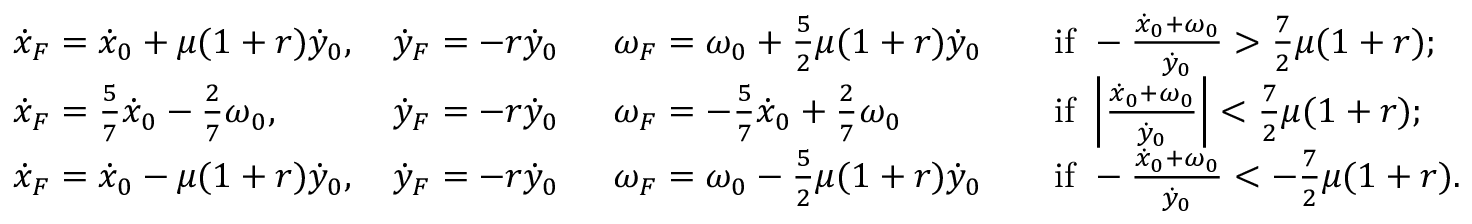
\begin{array} { l l l l } { \dot { x } _ { F } = \dot { x } _ { 0 } + \mu ( 1 + r ) \dot { y } _ { 0 } , \, } & { \dot { y } _ { F } = - r \dot { y } _ { 0 } \, \ } & { \omega _ { F } = \omega _ { 0 } + \frac { 5 } { 2 } \mu ( 1 + r ) \dot { y } _ { 0 } } & { \quad \mathrm { i f ~ } - \frac { \dot { x } _ { 0 } + \omega _ { 0 } } { \dot { y } _ { 0 } } > \frac { 7 } { 2 } \mu ( 1 + r ) ; } \\ { \dot { x } _ { F } = \frac { 5 } { 7 } \dot { x } _ { 0 } - \frac { 2 } { 7 } \omega _ { 0 } , \, } & { \dot { y } _ { F } = - r \dot { y } _ { 0 } \, \ } & { \omega _ { F } = - \frac { 5 } { 7 } \dot { x } _ { 0 } + \frac { 2 } { 7 } \omega _ { 0 } } & { \quad \mathrm { i f ~ } \left| \frac { \dot { x } _ { 0 } + \omega _ { 0 } } { \dot { y } _ { 0 } } \right| < \frac { 7 } { 2 } \mu ( 1 + r ) ; } \\ { \dot { x } _ { F } = \dot { x } _ { 0 } - \mu ( 1 + r ) \dot { y } _ { 0 } , \, } & { \dot { y } _ { F } = - r \dot { y } _ { 0 } \, \ } & { \omega _ { F } = \omega _ { 0 } - \frac { 5 } { 2 } \mu ( 1 + r ) \dot { y } _ { 0 } } & { \quad \mathrm { i f ~ } - \frac { \dot { x } _ { 0 } + \omega _ { 0 } } { \dot { y } _ { 0 } } < - \frac { 7 } { 2 } \mu ( 1 + r ) . } \end{array}